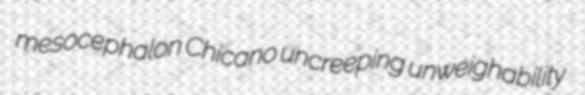
mesocephalon Chicano uncreeping unweighability